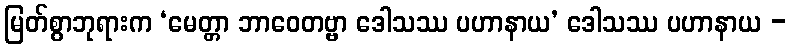
မြတ်စွာဘုရားက ‘မေတ္တာ ဘာဝေတဗ္ဗာ ဒေါသဿ ပဟာနာယ’ ဒေါသဿ ပဟာနာယ -